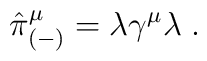
\hat{\pi}^\mu_{(-)} =\lambda\gamma^\mu\lambda\;.